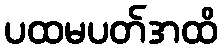
ပထမပတ်အထိ